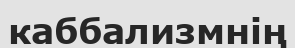
каббализмнің